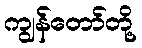
ကျွန်တော်တို့